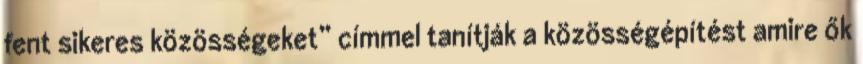
fent sikeres közösségeket” címmel tanítják a közösségépítést amire ők